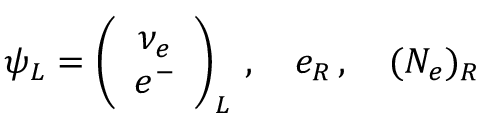
\psi _ { L } = \left( \begin{array} { c } { { \nu _ { e } } } \\ { { e ^ { - } } } \end{array} \right) _ { L } \, , \quad e _ { R } \, , \quad ( N _ { e } ) _ { R }